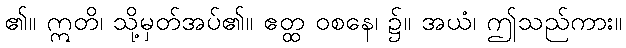
၏။ ဣတိ၊ သို့မှတ်အပ်၏။ ဧတ္ထ ဝစနေ၊ ၌။ အယံ၊ ဤသည်ကား။